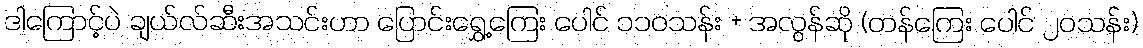
ဒါကြောင့်ပဲ ချယ်လ်ဆီးအသင်းဟာ ပြောင်းရွှေ့ကြေး ပေါင် ၁၁၀သန်း + အလွန်ဆို (တန်ကြေး ပေါင် ၂၀သန်း)